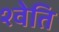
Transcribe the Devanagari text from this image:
श्वेति